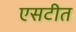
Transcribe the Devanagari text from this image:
एसटीत